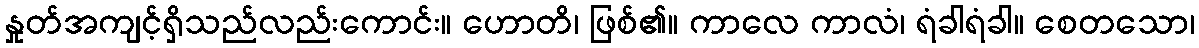
နှုတ်အကျင့်ရှိသည်လည်းကောင်း။ ဟောတိ၊ ဖြစ်၏။ ကာလေ ကာလံ၊ ရံခါရံခါ။ စေတသော၊